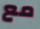
مع